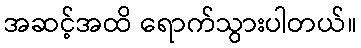
အဆင့်အထိ ရောက်သွားပါတယ်။